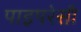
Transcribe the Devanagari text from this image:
पाइपरेसी